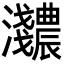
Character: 𬉰